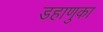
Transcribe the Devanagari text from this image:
डहाणुका